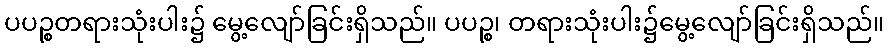
ပပဉ္စတရားသုံးပါး၌ မွေ့လျော်ခြင်းရှိသည်။ ပပဉ္စ၊ တရားသုံးပါး၌မွေ့လျော်ခြင်းရှိသည်။